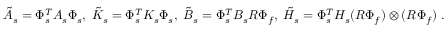
\tilde { A } _ { s } = \Phi _ { s } ^ { T } A _ { s } \Phi _ { s } , \; \tilde { K } _ { s } = \Phi _ { s } ^ { T } K _ { s } \Phi _ { s } , \; \tilde { B } _ { s } = \Phi _ { s } ^ { T } B _ { s } R \Phi _ { f } , \; \tilde { H } _ { s } = \Phi _ { s } ^ { T } H _ { s } ( R \Phi _ { f } ) \otimes ( R \Phi _ { f } ) \; .